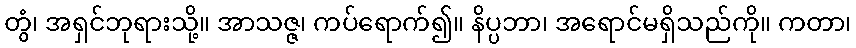
တွံ၊ အရှင်ဘုရားသို့။ အာသဇ္ဇ၊ ကပ်ရောက်၍။ နိပ္ပဘာ၊ အရောင်မရှိသည်ကို။ ကတာ၊